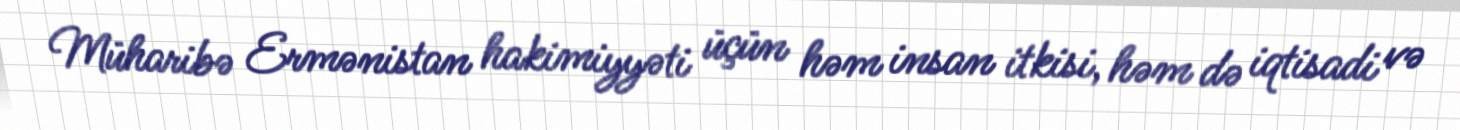
Müharibə Ermənistan hakimiyyəti üçün həm insan itkisi, həm də iqtisadi və